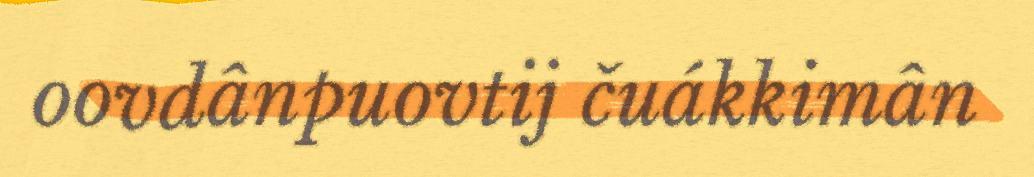
oovdânpuovtij čuákkimân